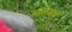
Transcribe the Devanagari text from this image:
वसेक्स